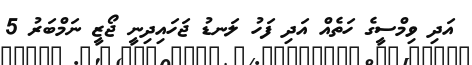
އަދި ވިމްސީގެ ހަތެއް އަދި ފަހު ލަނޑު ޖަހައިދިނީ ޖޯޒީ ނަމްބަރު 5